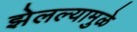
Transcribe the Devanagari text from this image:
झेलल्यामुळे